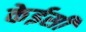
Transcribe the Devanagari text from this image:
केईसी